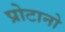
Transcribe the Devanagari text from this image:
प्रोटानो